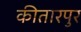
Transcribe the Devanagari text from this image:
कीतारपुर